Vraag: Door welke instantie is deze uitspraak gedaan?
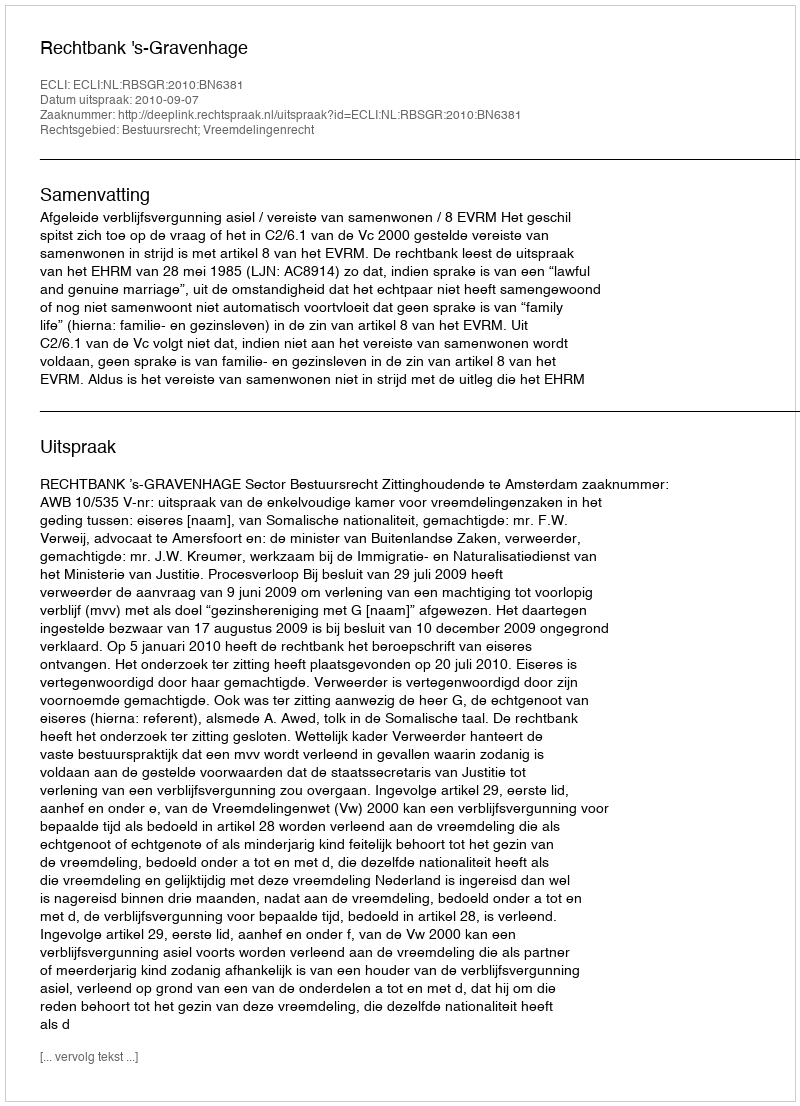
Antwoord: Rechtbank 's-Gravenhage